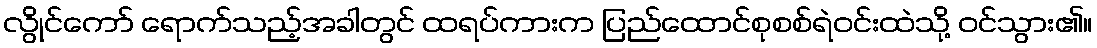
လွိုင်ကော် ရောက်သည့်အခါတွင် ထရပ်ကားက ပြည်ထောင်စုစစ်ရဲဝင်းထဲသို့ ဝင်သွား၏။